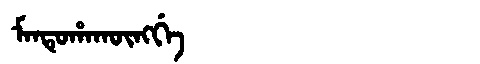
Manchu: ᠮᠠᠨᡨᡠᡥᠠᡴᡡᠩᡤᡝ
Romanization: MANTUHAKŪNGGE